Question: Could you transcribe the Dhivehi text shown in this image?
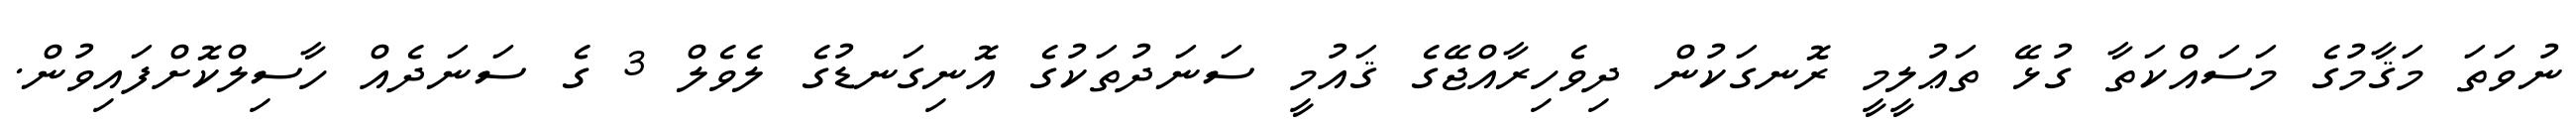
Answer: ނުވަތަ މަޤާމުގެ މަސައްކަތާ ގުޅޭ ތަޢުލީމީ ރޮނގަކުން ދިވެހިރާއްޖޭގެ ޤައުމީ ސަނަދުތަކުގެ އޮނިގަނޑުގެ ލެވެލް 3 ގެ ސަނަދެއް ހާސިލްކޮށްފައިވުން.